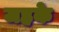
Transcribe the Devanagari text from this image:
जहके